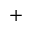
^ +